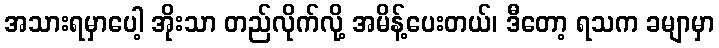
အသားရမှာပေါ့ အိုးသာ တည်လိုက်လို့ အမိန့်ပေးတယ်၊ ဒီတော့ ရသက ခမျာမှာ